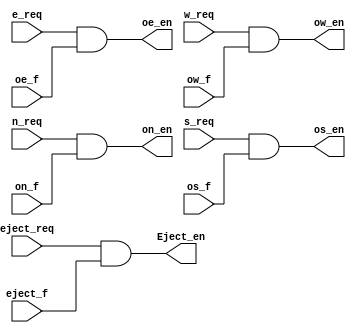
module ST (output oe_en, ow_en, on_en, os_en, Eject_en, 
           input e_req, w_req, n_req, s_req, eject_req, oe_f, ow_f, on_f, os_f, eject_f);
           

  and (oe_en, e_req, oe_f);
  and (ow_en, w_req, ow_f);
  and (on_en, n_req, on_f);
  and (os_en, s_req, os_f);
  and (Eject_en, eject_req, eject_f); 
  
endmodule